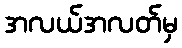
အလယ်အလတ်မှ